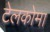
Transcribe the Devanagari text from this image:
टेलकोमा